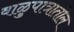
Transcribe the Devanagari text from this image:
वाळुपात्रातील